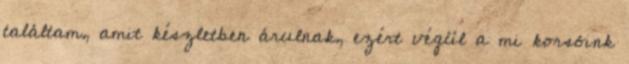
találtam, amit készletben árulnak, ezért végül a mi korsóink